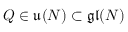
Q \in \mathfrak { u } ( N ) \subset \mathfrak { g l } ( N )